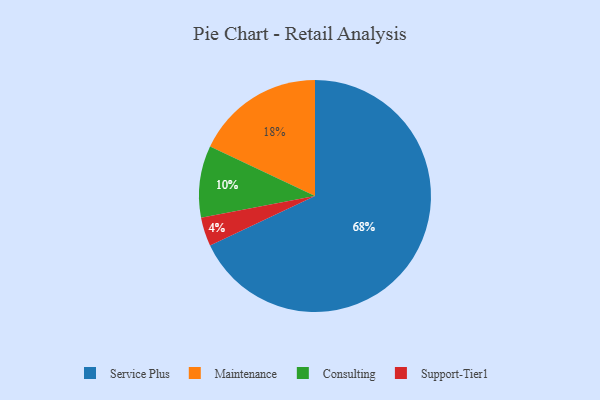
{"axis": {"x": "Category", "y": "Percentage"}, "legend": ["Consulting", "Maintenance", "Service Plus", "Support-Tier1"], "data": [{"x": "Service Plus", "y": 68, "type": "Service Plus"}, {"x": "Consulting", "y": 10, "type": "Consulting"}, {"x": "Maintenance", "y": 18, "type": "Maintenance"}, {"x": "Support-Tier1", "y": 4, "type": "Support-Tier1"}]}